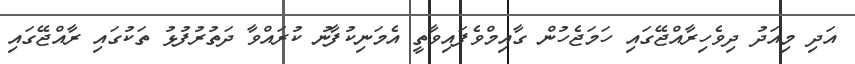
އަދި މިއަދު ދިވެހިރާއްޖޭގައި ހަމަޖެހުން ގާއިމްވެފައިވާތީ އެމަނިކުފާނު ކުރައްވާ ދަތުރުފުޅު ތަކުގައި ރާއްޖޭގައި